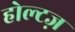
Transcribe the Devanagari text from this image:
होल्टज़